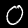
Digit: 0